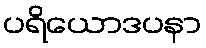
ပရိယောဒပနာ